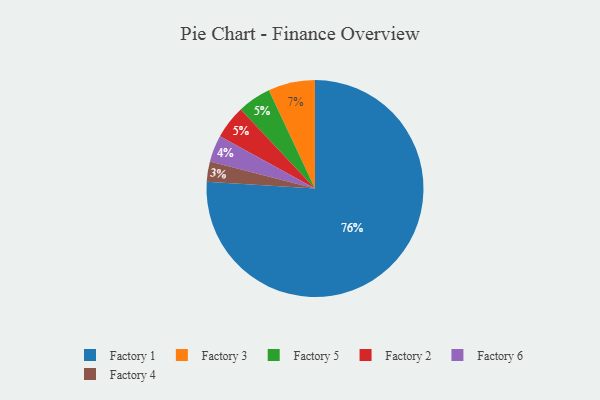
{"axis": {"x": "Category", "y": "Percentage"}, "legend": ["Factory 1", "Factory 2", "Factory 3", "Factory 4", "Factory 5", "Factory 6"], "data": [{"x": "Factory 6", "y": 4, "type": "Factory 6"}, {"x": "Factory 1", "y": 76, "type": "Factory 1"}, {"x": "Factory 4", "y": 3, "type": "Factory 4"}, {"x": "Factory 5", "y": 5, "type": "Factory 5"}, {"x": "Factory 3", "y": 7, "type": "Factory 3"}, {"x": "Factory 2", "y": 5, "type": "Factory 2"}]}